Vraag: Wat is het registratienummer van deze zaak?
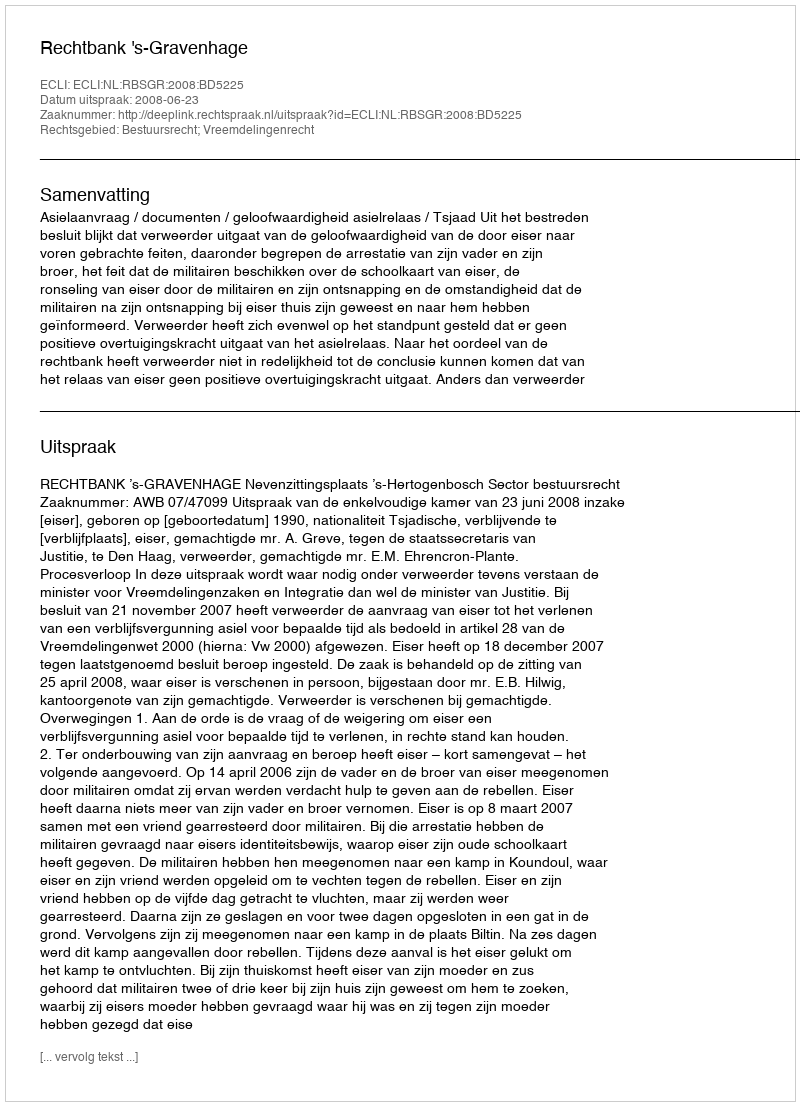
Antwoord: http://deeplink.rechtspraak.nl/uitspraak?id=ECLI:NL:RBSGR:2008:BD5225